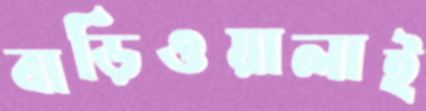
বাড়িওয়ালাই